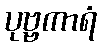
ပုဗ္ဗကာရံ